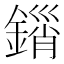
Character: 𨪮